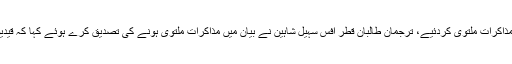
طالبان نے قیدیوں کی رہائی سے متعلق افغان حکومت سے مذاکرات ملتوی کردئیے، ترجمان طالبان قطر آفس سہیل شاہین نے بیان میں مذاکرات ملتوی ہونے کی تصدیق کرے ہوئے کہا کہ قیدیوں کی رہائی متعدد مسائل کی وجہ سے ملتوی کی گئی ہے۔